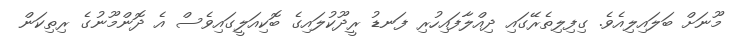
މޫނަށް ބަލައިލިއެވެ. ގިފިލިތެރޭގައި ދިއްލާފައިހުރި ފަނޑު ރީދޫކުލައިގެ ބޮކިއަލީގައިވެސް އެ ދޮންމޫނުގެ ރިތިކަން